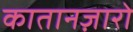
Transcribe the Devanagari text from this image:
कातानज़ारो